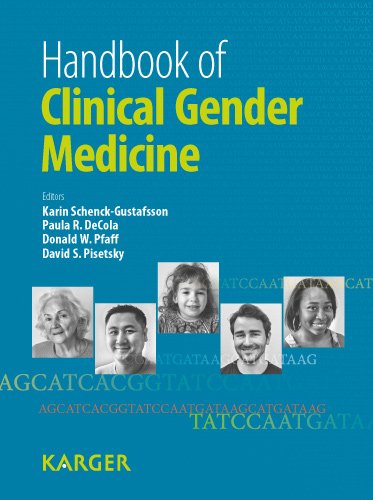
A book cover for Handbook of Clinical Gender Medicine; Medical Books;